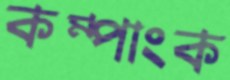
কম্পাংক